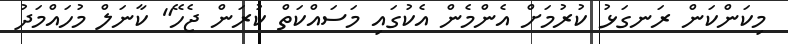
މިކަންކަން ރަނގަޅު ކުރުމަށް އެންމެން އެކުގައި މަސައްކަތް ކުރަން ޖެހޭ" ކާނަލް މުހައްމަދު